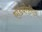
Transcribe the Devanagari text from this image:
एडिंबरोतील